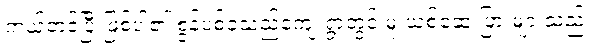
ကယ်တင်ပြီးဖြစ်ပါ၏ စွန့်ပစ်ခဲ့သည့်ကျေးရွာတွင် မူးယစ်ဆေးပြားများသည်